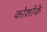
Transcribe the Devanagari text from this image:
कोशोंके